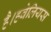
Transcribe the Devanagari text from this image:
है।हवेलियस